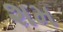
શમ